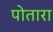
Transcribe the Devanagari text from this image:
पोतारा